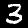
Label: 3